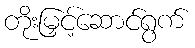
တိုးမြှင့်ဆောင်ရွက်